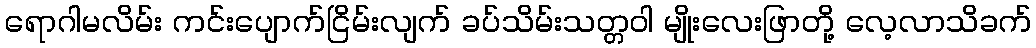
ရောဂါမလိမ်း ကင်းပျောက်ငြိမ်းလျက် ခပ်သိမ်းသတ္တဝါ မျိုးလေးဖြာတို့ လေ့လာသိခက်